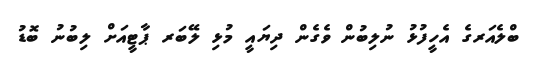
ބްލެއަރގެ އެހީފުޅު ނުލިބުން ވެގެން ދިޔައީ މުޅި ލޭބަރ ޕާޓީއަށް ލިބުނު ބޮޑު